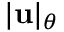
| \mathbf { u } | _ { \theta }